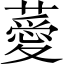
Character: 薆